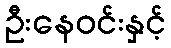
ဦးနေဝင်းနှင့်